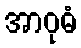
အာဝုဓံ